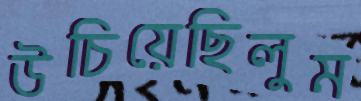
উচিয়েছিলুম